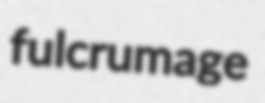
fulcrumage